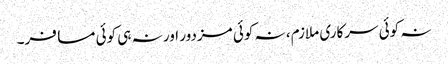
نہ کوئی سرکاری ملازم، نہ کوئی مزدور اور نہ ہی کوئی مسافر۔